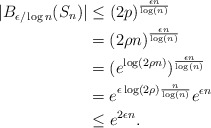
\begin{align*}|B_{\epsilon/\log n}(S_n)| &\le (2p)^{\frac{\epsilon n}{\log(n)}} \\&= (2\rho n)^{\frac{\epsilon n}{\log(n)}} \\&= (e^{\log(2\rho n)})^{\frac{\epsilon n}{\log(n)}} \\ &= e^{\epsilon \log(2\rho)\frac{n}{\log(n)}}e^{\epsilon n} \\&\le e^{2\epsilon n}.\end{align*}